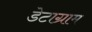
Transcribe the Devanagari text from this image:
डेटाग्राम